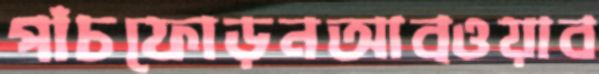
পাঁচফোড়নআব্ওয়াব